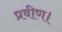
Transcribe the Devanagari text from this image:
प्रवीण।